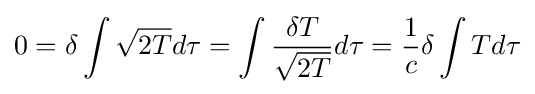
0=\delta \int {\sqrt {2T}}d\tau =\int {\frac {\delta T}{\sqrt {2T}}}d\tau ={\frac {1}{c}}\delta \int Td\tau